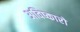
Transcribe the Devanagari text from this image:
अविष्कारो